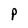
Character: P